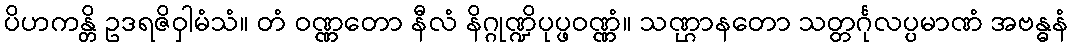
ပိဟကန္တိ ဥဒရဇိဝှါမံသံ။ တံ ဝဏ္ဏတော နီလံ နိဂ္ဂုဏ္ဍိပုပ္ဖဝဏ္ဏံ။ သဏ္ဌာနတော သတ္တင်္ဂုလပ္ပမာဏံ အဗန္ဓနံ